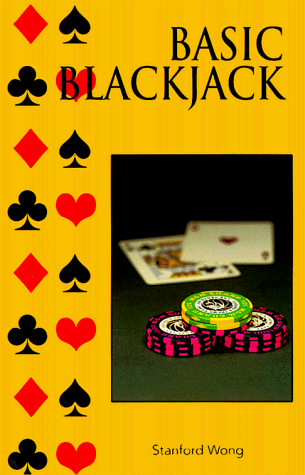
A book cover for Basic Blackjack; Stanford Wong; Humor & Entertainment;